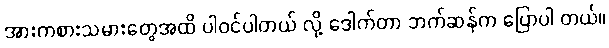
အားကစားသမားတွေအထိ ပါဝင်ပါတယ် လို့ ဒေါက်တာ ဘက်ဆန်က ပြောပါ တယ်။